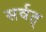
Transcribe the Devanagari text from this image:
सर्वत्